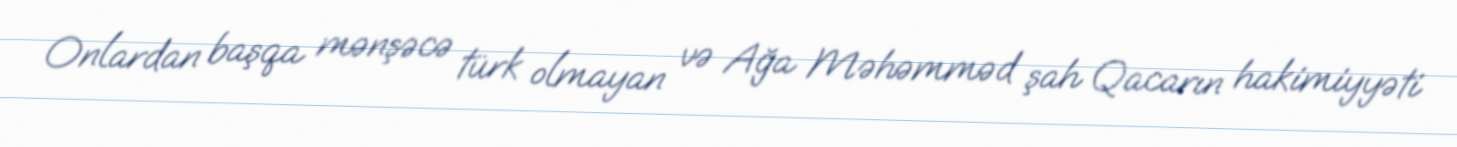
Onlardan başqa mənşəcə türk olmayan və Ağa Məhəmməd şah Qacarın hakimiyyəti